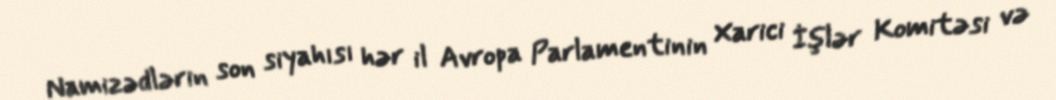
Namizədlərin son siyahısı hər il Avropa Parlamentinin Xarici İşlər Komitəsi və